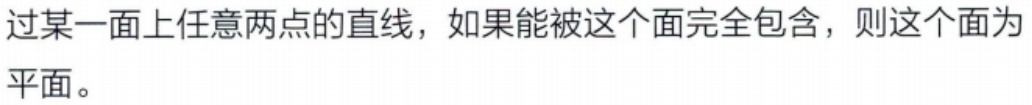
过某一面上任意两点的直线，如果能被这个面完全包含，则这个面为平面。